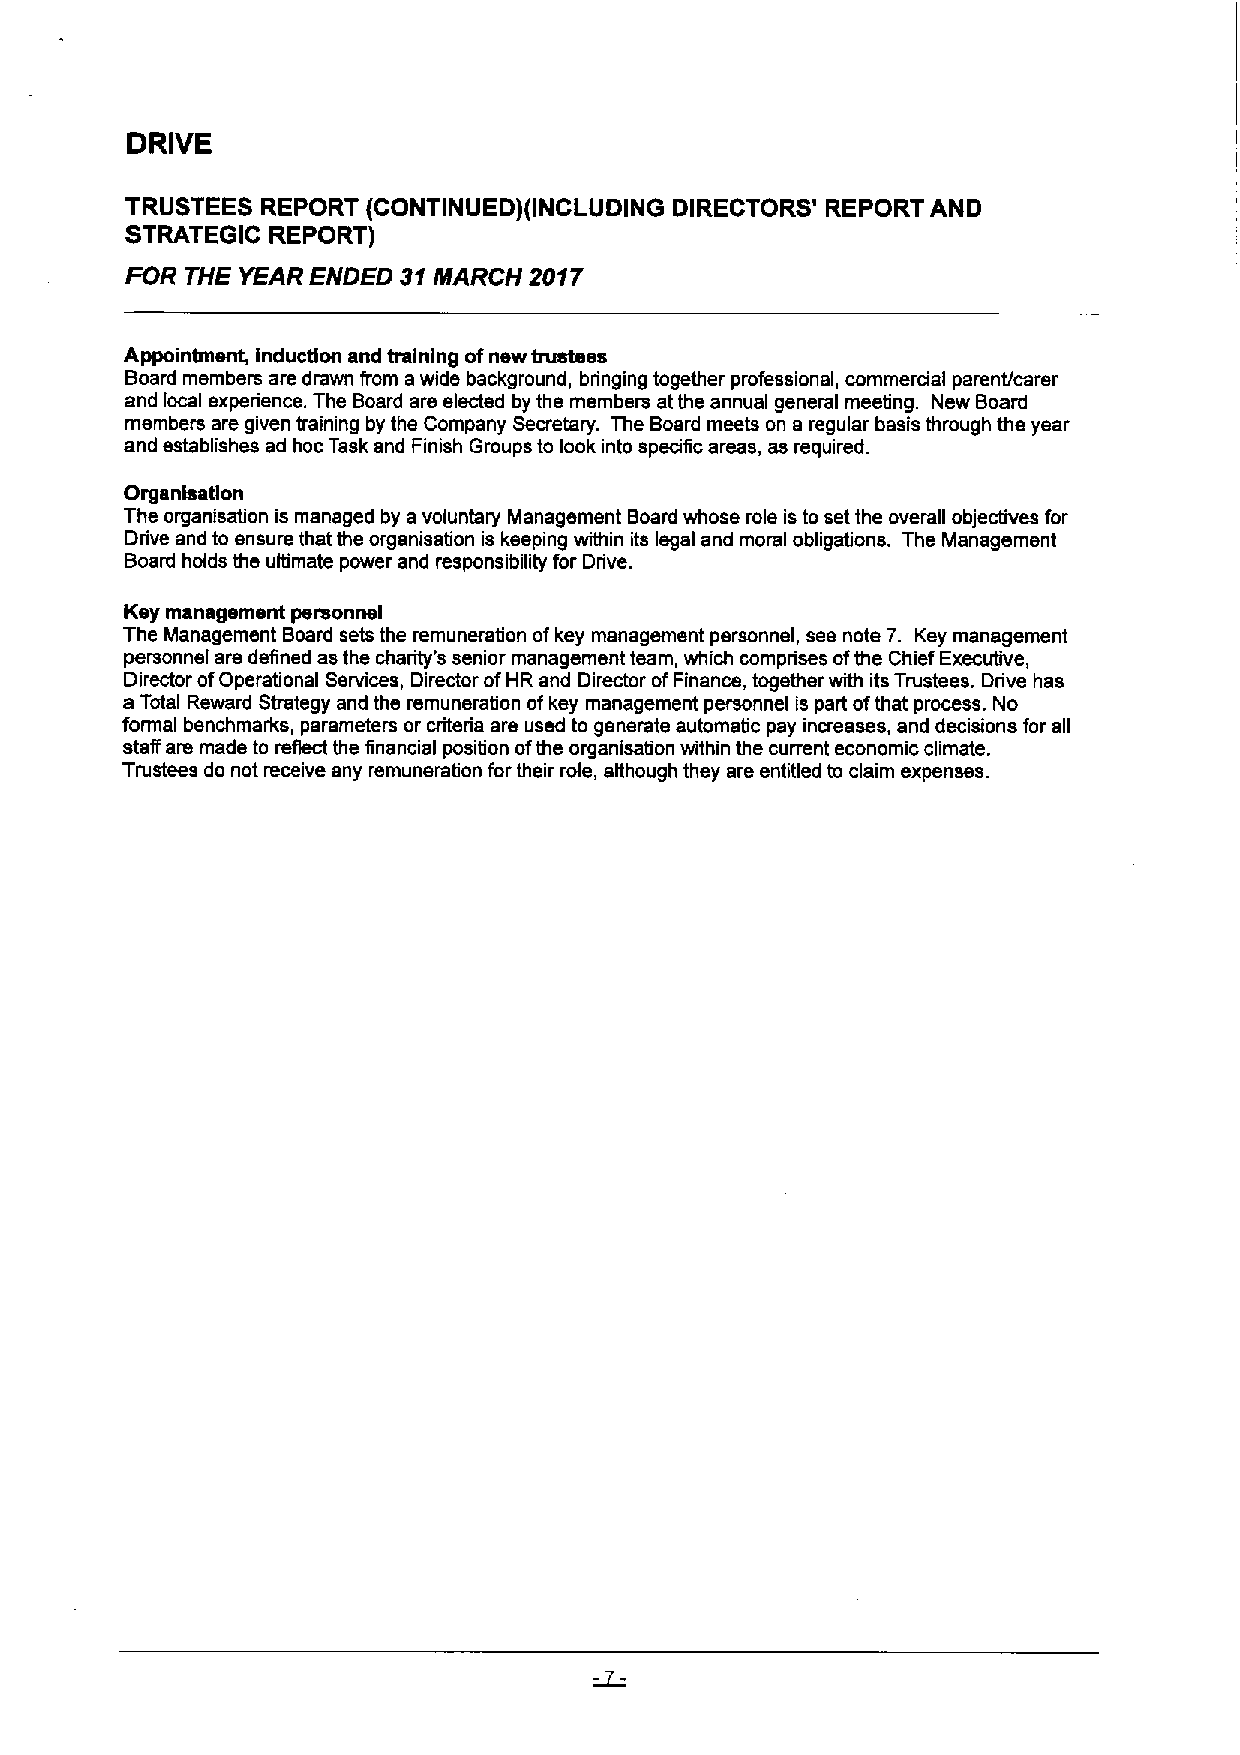
DRIVE
 TRUSTEES REPORT (CONTINUED)(INCLUDING DIRECTORS' REPORT AND
 STRATEGIC REPORT)
 FOR THE YEAR ENDED 31 fj/fARCH 2017
 Appoinbasnt, induction and training ofnew trustees
 Board members are drawn from awide background, bringing together professional, commercial parent/carer
 and local experience. The Board are elected by the members at the annual general meeting. New Board
 members are given training by ths Company Secretary. The Board meets on a regular basis through the year
 and establishes ad hoc Task and Finish Groups to look into specific areas, as required.
 Organhatlon
 The organisation is managed by a voluntary Management Board whose role is to set the overall objectives for
 Drive and to ensure that the organisation is keeping within its legal and moral obligations. The Management
 Board holds the ultimate power and responsibility for Drive.
 Ksy management personnel
 The Management Board sets the remuneration ofkey management personnel, ses note 7. Key management
 personnel are defined as the charity's senior management team, which comprises ofthe Chief Executive,
 Director ofOperational Services, Director ofHR and Director ofFinance, together with its Trustees. Drive has
 a Total Reward Strategy and the remuneration ofkey management personnel is part ofthat process. No
 formal benchmarks, parameters or criteria are used to generate automatic pay increases, and decisions for all
 staff are made to reflect the financial position ofthe organisation within the current economic climate.
 Trustees do not receive any remuneration for their role, although they are entitled to claim expenses.